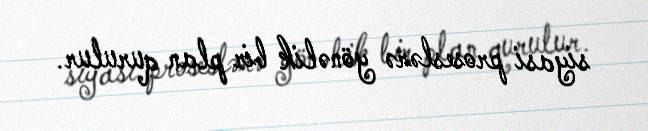
siyasi proseslərə yönəlik bir plan qurulur.